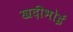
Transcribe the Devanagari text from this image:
खदीभोई